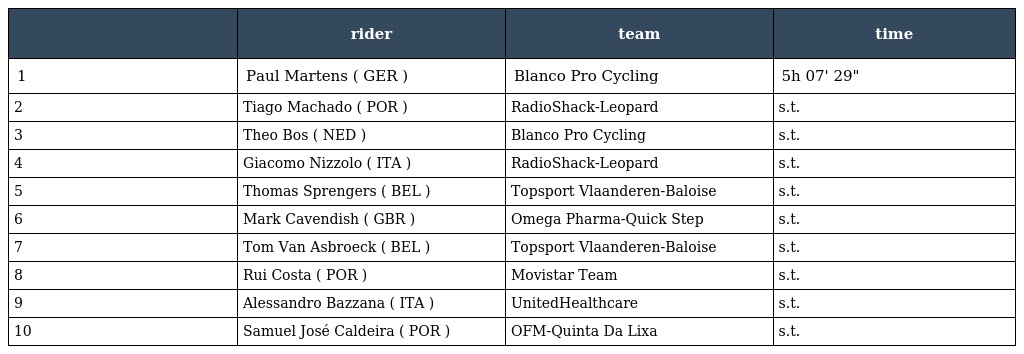
|  | rider | team | time |
 | --- | --- | --- | --- |
 | 1 | Paul Martens ( GER ) | Blanco Pro Cycling | 5h 07' 29" |
 | 2 | Tiago Machado ( POR ) | RadioShack-Leopard | s.t. |
 | 3 | Theo Bos ( NED ) | Blanco Pro Cycling | s.t. |
 | 4 | Giacomo Nizzolo ( ITA ) | RadioShack-Leopard | s.t. |
 | 5 | Thomas Sprengers ( BEL ) | Topsport Vlaanderen-Baloise | s.t. |
 | 6 | Mark Cavendish ( GBR ) | Omega Pharma-Quick Step | s.t. |
 | 7 | Tom Van Asbroeck ( BEL ) | Topsport Vlaanderen-Baloise | s.t. |
 | 8 | Rui Costa ( POR ) | Movistar Team | s.t. |
 | 9 | Alessandro Bazzana ( ITA ) | UnitedHealthcare | s.t. |
 | 10 | Samuel José Caldeira ( POR ) | OFM-Quinta Da Lixa | s.t. |